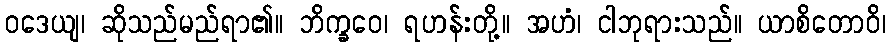
ဝဒေယျ၊ ဆိုသည်မည်ရာ၏။ ဘိက္ခဝေ၊ ရဟန်းတို့။ အဟံ၊ ငါဘုရားသည်။ ယာစိတောဝိ၊